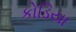
કોડિયા